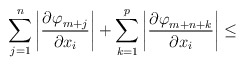
\begin{align*}\sum\limits_{j=1}^n {\left| \frac{{\partial \varphi }_{m+j}}{{\partial x}_{i}} \right|+\sum\limits_{k=1}^p \left| \frac{{\partial \varphi }_{m+n+k}}{{\partial x}_{i}} \right| }\le \end{align*}